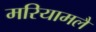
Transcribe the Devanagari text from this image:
मरियामलै